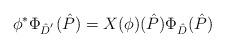
LaTeX: \begin{align*}\phi^{*}\Phi_{\hat{D}^{'}}(\hat P)=X(\phi)(\hat{P})\Phi_{\hat D}(\hat P)\end{align*}